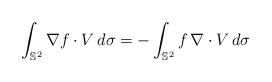
LaTeX: \begin{align*}\int_{\mathbb{S}^{2}}\nabla f \cdot V \, d\sigma=-\int_{\mathbb{S}^{2}} f\, \nabla\cdot V \, d\sigma\end{align*}